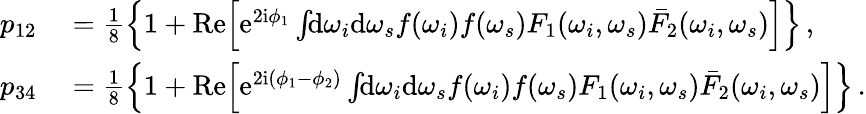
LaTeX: \begin{array}{rl}{p_{12}}&{{}=\frac{1}{8}\left\{ 1+\mathrm{Re}\Big[\mathrm{e}^{2\mathrm{i}\phi_{1}}\int\! \! \mathrm{d}\omega_{i}\mathrm{d}\omega_{s}f(\omega_{i})f(\omega_{s})F_{1}(\omega_{i},\omega_{s})\bar{F}_{2}(\omega_{i},\omega_{s})\Big]\right\} \, ,}\\ {p_{34}}&{{}=\frac{1}{8}\left\{ 1+\mathrm{Re}\Big[\mathrm{e}^{2\mathrm{i}(\phi_{1}-\phi_{2})}\int\! \! \mathrm{d}\omega_{i}\mathrm{d}\omega_{s}f(\omega_{i})f(\omega_{s})F_{1}(\omega_{i},\omega_{s})\bar{F}_{2}(\omega_{i},\omega_{s})\Big]\right\} \, .}\end{array}